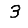
Digit: 3